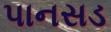
પાનસડ